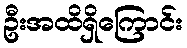
ဦးအထိရှိကြောင်း